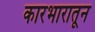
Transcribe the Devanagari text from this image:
कारभारातून